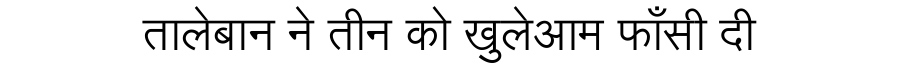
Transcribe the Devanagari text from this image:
तालेबान ने तीन को खुलेआम फाँसी दी